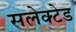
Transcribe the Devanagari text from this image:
सलेक्टेड